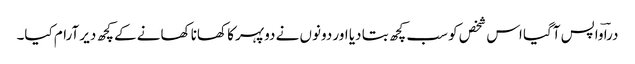
دراؔ واپس آگیا اس شخص کو سب کچھ بتا دیا اور دونوں نے دوپہر کا کھانا کھانے کے کچھ دیر آرام کیا۔